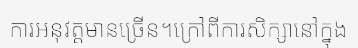
ការអនុវត្តមានច្រើន។ក្រៅពីការសិក្សានៅក្នុង